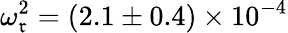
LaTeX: \omega_{\mathfrak{r}}^{2}=(2.1\pm0.4)\times10^{-4}